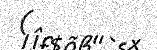
(